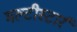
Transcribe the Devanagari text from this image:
मल्टीस्टार्र